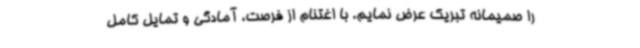
را صمیمانه تبریک عرض نمایم. با اغتنام از فرصت، آمادگی و تمایل کامل